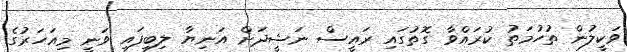
ވަކީލުން ތުހުމަތު ކުރައްވާ ގޮތުގައި ރައީސް ނަޝީދަށް އަނިޔާ ލިބިފައި ވަނީ މިއަހަރުގެ